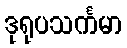
ဒုရုပသင်္ကမာ